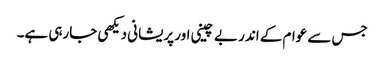
جس سے عوام کے اندر بے چینی اور پریشانی دیکھی جارہی ہے۔